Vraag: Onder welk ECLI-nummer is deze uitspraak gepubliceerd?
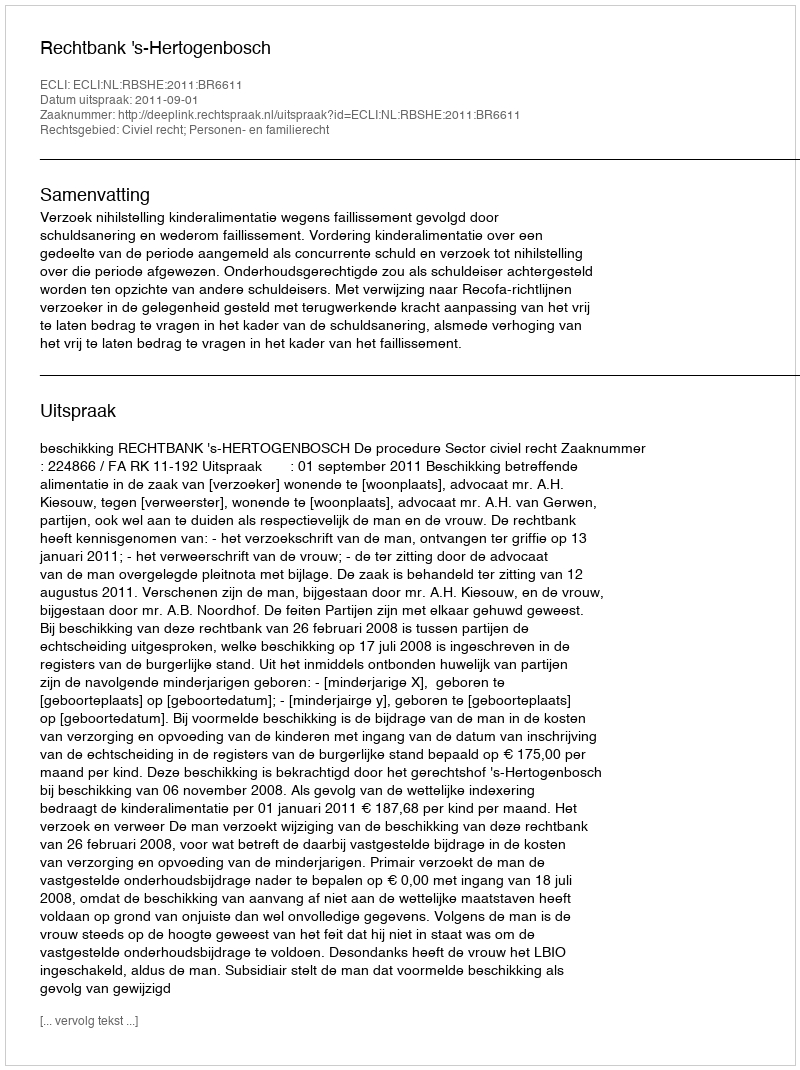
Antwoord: ECLI:NL:RBSHE:2011:BR6611